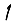
Digit: 1